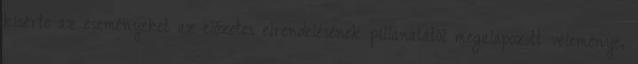
kísérte az eseményeket az előzetes elrendelésének pillanatától megalapozott véleménye,